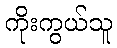
ကိုးကွယ်သူ